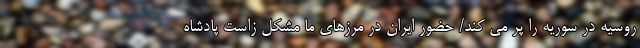
روسیه در سوریه را پُر می کند/ حضور ایران در مرزهای ما مشکل زاست پادشاه